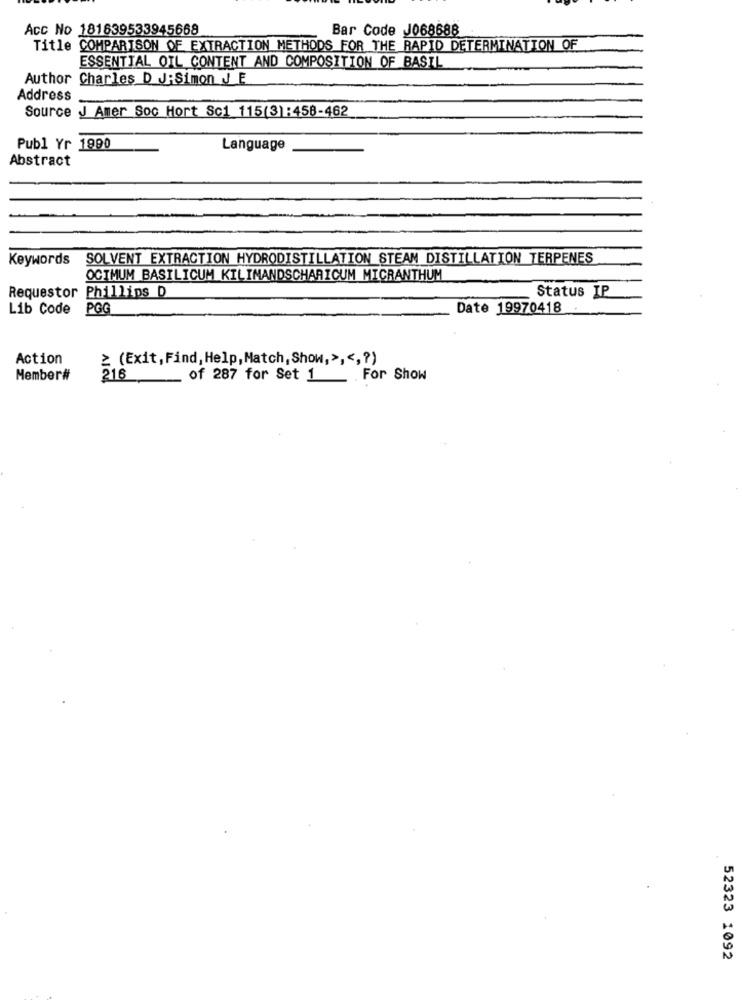
Acc No 181639533945668
Bar Code J068688
Title COMPARISON OF EXTRACTION METHODS FOR THE RAPID DETERMINATION OF
ESSENTIAL OIL CONTENT AND COMPOSITION OF BASIL
Author Charles D J:Simon J E
Address
Source J Amer Soc Hort Sc1 115(3):458-462
Publ Yr 1990
Language
Abstract
Keywords
SOLVENT EXTRACTION HYDRODISTILLATION STEAM DISTILLATION TERPENES
OCIMUM BASILICUM KILIMANDSCHARICUM MICRANTHUM
Requestor Phillips D
Status IP
Lib Code PGG
Date 19970418
Action
= (Exit, Find, Help, Match, Show,>, <, ? )
Member#
216
of 287 for Set 1 _ For Show
52323 1092